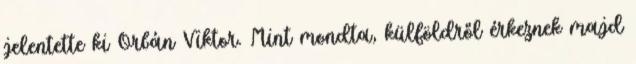
jelentette ki Orbán Viktor. Mint mondta, külföldről érkeznek majd